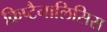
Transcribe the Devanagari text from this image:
क्रिप्टैनालिसिस